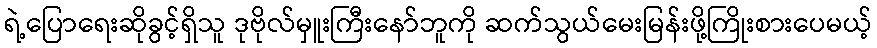
ရဲ့ပြောရေးဆိုခွင့်ရှိသူ ဒုဗိုလ်မှူးကြီးနော်ဘူကို ဆက်သွယ်မေးမြန်းဖို့ကြိုးစားပေမယ့်